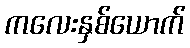
ကလေးနှစ်ယောက်